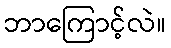
ဘာကြောင့်လဲ။